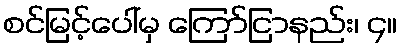
စင်မြင့်ပေါ်မှ ကြော်ငြာနည်း၊ ၄။